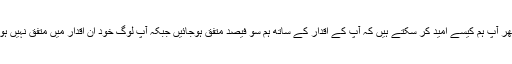
پھر آپ ہم کیسے امید کر سکتے ہیں کہ آپ کے اقدار کے ساتھ ہم سو فیصد متفق ہوجائیں جبکہ آپ لوگ خود ان اقدار میں متفق نہیں ہو۔